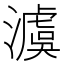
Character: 澞